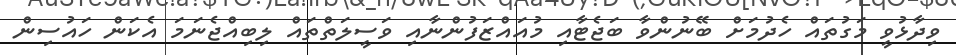
ވިދާޅުވީ މަގުތައް ހެދުމަށް ބޭނުންވާ ބަޖެޓާއި މުއައްޒަފުންނާއި ވަސީލަތްތައް ލިބިއްޖެނަމަ އެކަން ހައުސިން